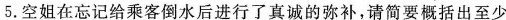
5.空姐在忘记给乘客倒水后进行了真诚的弥补，请简要概括出至少